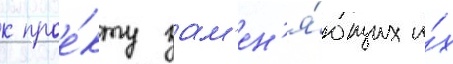
к прое́кту зам'ен'я́ющих и́х